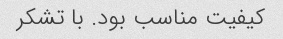
کیفیت مناسب بود. با تشکر